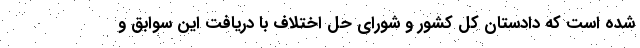
شده است که دادستان کل کشور و شورای حل اختلاف با دریافت این سوابق و